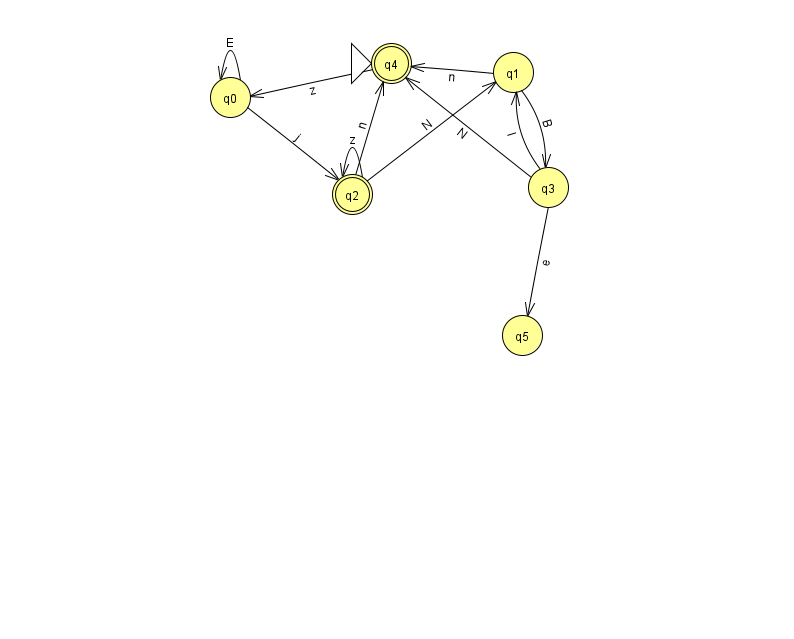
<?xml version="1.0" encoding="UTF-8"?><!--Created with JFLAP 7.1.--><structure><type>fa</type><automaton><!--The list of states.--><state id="0" name="q0"><x>230.0</x><y>84.0</y></state><state id="1" name="q1"><x>513.0</x><y>59.0</y></state><state id="2" name="q2"><x>352.0</x><y>181.0</y><final/></state><state id="3" name="q3"><x>548.0</x><y>174.0</y></state><state id="4" name="q4"><x>391.0</x><y>50.0</y><initial/><final/></state><state id="5" name="q5"><x>522.0</x><y>322.0</y></state><!--The list of transitions.--><transition><from>1</from><to>3</to><read>B</read></transition><transition><from>0</from><to>0</to><read>E</read></transition><transition><from>0</from><to>2</to><read>j</read></transition><transition><from>2</from><to>1</to><read>N</read></transition><transition><from>2</from><to>4</to><read>n</read></transition><transition><from>2</from><to>2</to><read>z</read></transition><transition><from>3</from><to>1</to><read>l</read></transition><transition><from>3</from><to>5</to><read>e</read></transition><transition><from>3</from><to>4</to><read>N</read></transition><transition><from>1</from><to>4</to><read>n</read></transition><transition><from>4</from><to>0</to><read>z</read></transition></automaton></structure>